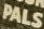
PALS